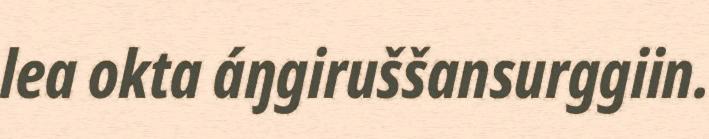
lea okta áŋgiruššansurggiin.